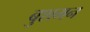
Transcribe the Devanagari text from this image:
बुशमन